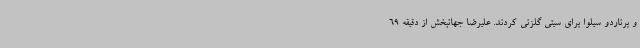
و برناردو سیلوا برای سیتی گلزنی کردند. علیرضا جهانبخش از دقیقه 69